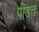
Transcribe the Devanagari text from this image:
पी़डत